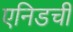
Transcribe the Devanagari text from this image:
एनिडची